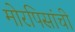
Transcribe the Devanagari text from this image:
मोरपिसांची